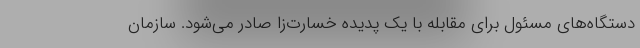
دستگاه‌های مسئول برای مقابله با یک پدیده خسارت‌زا صادر می‌شود. سازمان